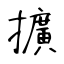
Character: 擴